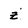
Character: z